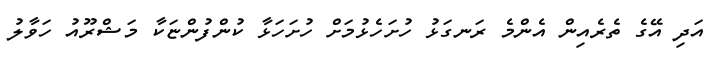
އަދި އޭގެ ތެރެއިން އެންމެ ރަނގަޅު ހުށަހެޅުމަށް ހުށަހަޅާ ކުންފުންޏަކާ މަޝްރޫއު ހަވާލު